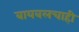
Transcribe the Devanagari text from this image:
बायबलचाही